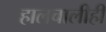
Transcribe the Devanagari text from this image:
हालचालीही